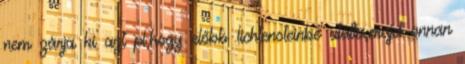
nem zárja ki azt pl,hogy előbb lichtensteinbe utalta,majd onnan